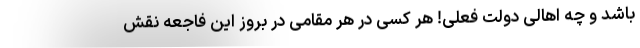
باشد و چه اهالی دولت فعلی! هر کسی در هر مقامی در بروز این فاجعه نقش